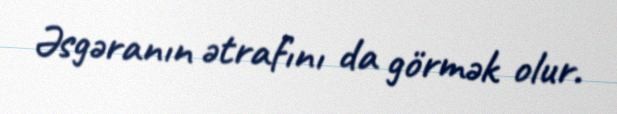
Əsgəranın ətrafını da görmək olur.